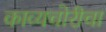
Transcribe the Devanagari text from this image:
काव्यचोरीचा